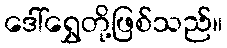
ဒေါ်ရွှေတို့ဖြစ်သည်။